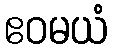
ဧဝမယံ